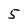
Character: 5